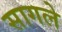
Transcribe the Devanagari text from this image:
सागले